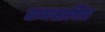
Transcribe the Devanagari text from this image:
धम्मशासित